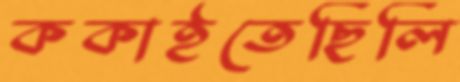
ককাইতেছিলি